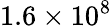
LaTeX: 1.6\times 10^{8}